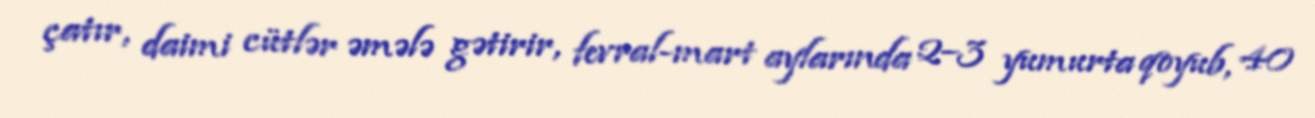
çatır, daimi cütlər əmələ gətirir, fevral-mart aylarında 2–3 yumurta qoyub, 40